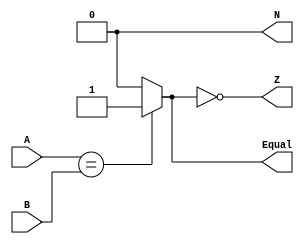
module Equality (input [31:0] A, B, 
                 output reg Equal, Z, N);
  
  always @ (A or B)
    begin
      Equal = (A == B) ? 1 : 0;
      
      N = 0;
      Z = !Equal;
    end
endmodule